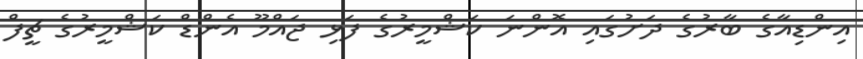
އިންޑިއާގެ ބާރުގެ ދަށުގައި އޮންނަ ކަޝްމީރުގެ ފަޅި ޖައްމޫ އެންޑް ކަޝްމީރުގެ ޗީފް